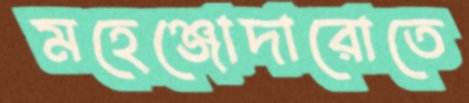
মহেঞ্জোদারোতে